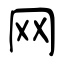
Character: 网